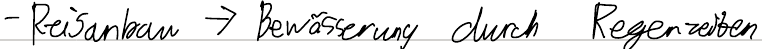
- Reisanbau -> Bewässerung durch Regenzeiten